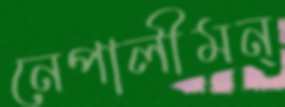
নেপালীমন্